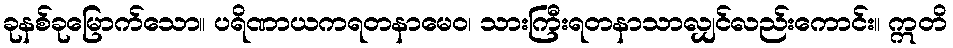
ခုနစ်ခုမြောက်သော။ ပရိဏာယကရတနာမေဝ၊ သားကြီးရတနာသာလျှင်လည်းကောင်း။ ဣတိ